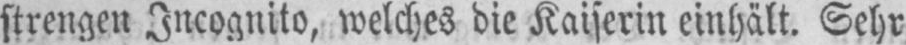
strengen Incognito, welches die Kaiserin einhält. Sehr